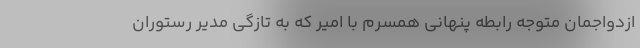
ازدواجمان متوجه رابطه پنهانی همسرم با امیر که به تازگی مدیر رستوران